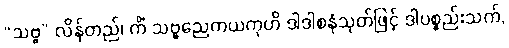
“သဗ္ဗ” လိန်တည်၊ ကိံ သဗ္ဗညေကယကုဟိ ဒါဒါစနံသုတ်ဖြင့် ဒါပစ္စည်းသက်,